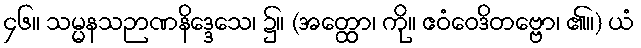
၄၆။ သမ္မနသဉာဏနိဒ္ဒေသေ၊ ၌။ (အတ္ထော၊ ကို။ ဧဝံဝေဒိတဗ္ဗော၊ ၏။) ယံ